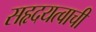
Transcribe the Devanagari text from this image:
सहृदयत्वाची